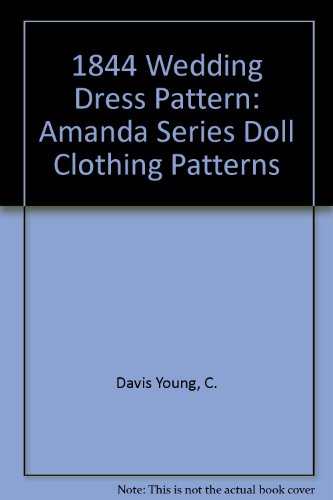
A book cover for Amanda 1844 Wedding Dress Pattern: Amanda Series Doll Clothing Patterns; Betty J. Mills; Crafts, Hobbies & Home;